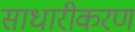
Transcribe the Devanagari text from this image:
साधारीकरण